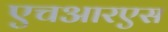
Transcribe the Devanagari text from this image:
एचआरएस